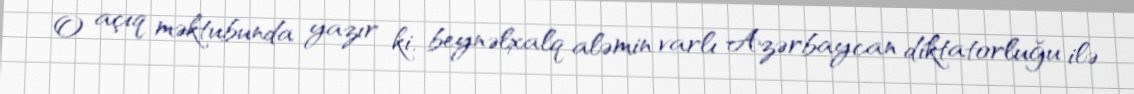
O açıq məktubunda yazır ki, beynəlxalq aləmin varlı Azərbaycan diktatorluğu ilə